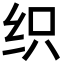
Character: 织